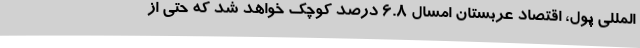
المللی پول، اقتصاد عربستان امسال 6.8 درصد کوچک خواهد شد که حتی از